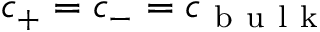
c _ { + } = c _ { - } = c _ { \mathrm { ~ b ~ u ~ l ~ k ~ } }